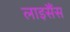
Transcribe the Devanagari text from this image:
लाइसैंस